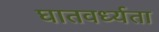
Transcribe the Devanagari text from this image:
घातवर्ध्यता